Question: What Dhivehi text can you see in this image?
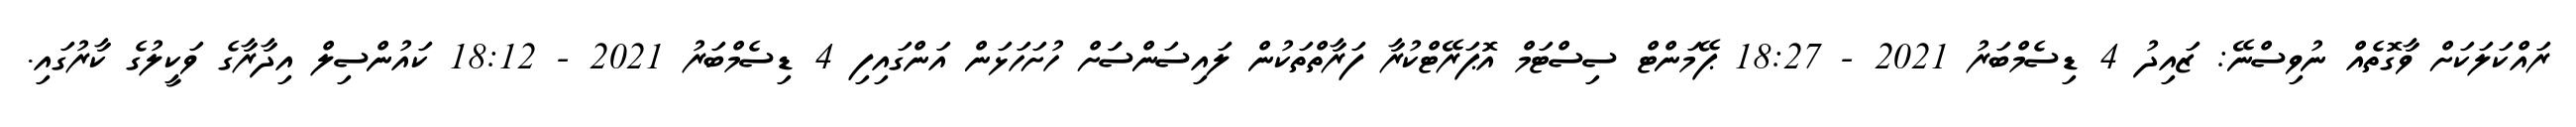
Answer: ރައްކަލަކަށް ވާގޮތެއް ނުވިސްނޭ: ޒައިދު 4 ޑިސެމްބަރު 2021 - 18:27 ޕޭމަންޓް ސިސްޓަމް އޮޕަރޭޓްކުރާ ފަރާތްތަކުން ލައިސަންސަަށް ހުށަހަޅަން އަންގައިފި 4 ޑިސެމްބަރު 2021 - 18:12 ކައުންސިލް އިދާރާގެ ވަކީލުގެ ކާރުގައި.